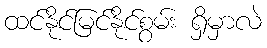
ထင်နိုင်မြင်နိုင်စွမ်း ရှိမှာလဲ